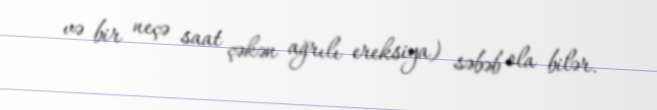
və bir neçə saat çəkən ağrılı ereksiya) səbəb ola bilər.